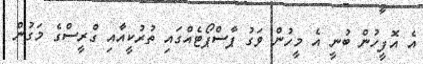
އެ އޮފީހުން ބުނީ އެ މީހުން ވަގު ޕާސްޕޯޓެއްގައި ތުުރުކީއާއި ގްރީސްގެ މަގުން